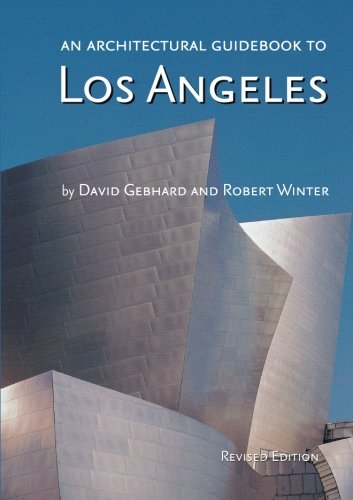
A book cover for An Architectural Guidebook to Los Angeles; Robert Winter; Arts & Photography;